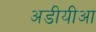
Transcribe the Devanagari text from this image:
अडीयीआ